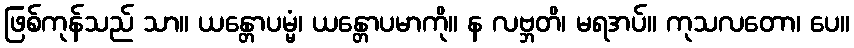
ဖြစ်ကုန်သည် သာ။ ယန္တောပမ္မံ၊ ယန္တောပမာကို။ န လဗ္ဘတိ၊ မရအပ်။ ကုသလတော၊ ပေ။